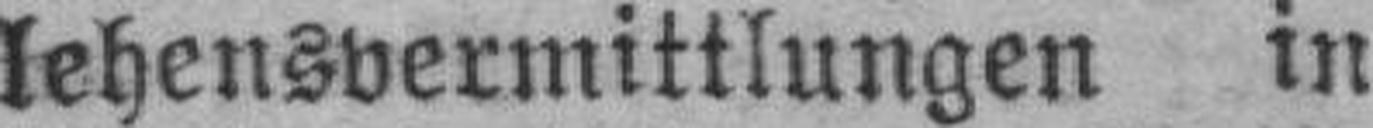
lehensvermittlungen in